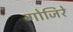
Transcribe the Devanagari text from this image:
गोजिरे